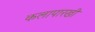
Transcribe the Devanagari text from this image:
कलापारखी